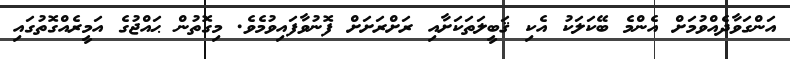
އަންގަވާދެއްވުމަށް އެންމެ ބޭކަލަކު އެކި ޤަބީލަތަކަށާއި ރަށްރަށަށް ފޮނުވާފައިވުމެވެ. މިގޮތުން ޙައްޖުގެ އަމީރެއްގޮތުގައި